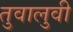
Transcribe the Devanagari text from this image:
तुवालुवी